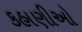
કહાણીઓ